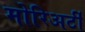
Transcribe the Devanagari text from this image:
मोरिअर्टी